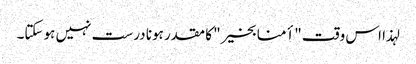
لہذا اس وقت "أمنا بخیر" کا مقدر ہونا درست نہیں ہوسکتا۔